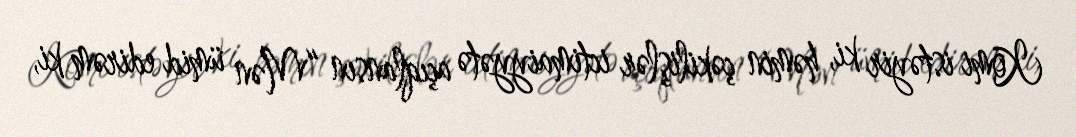
Komi istəyir ki, həmin çəkilişlər ictimaiyyətə açıqlansın “Mən ümid edirəm ki,